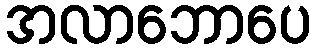
အလာဘောပေ